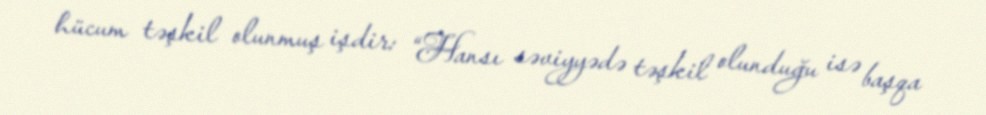
hücum təşkil olunmuş işdir: “Hansı səviyyədə təşkil olunduğu isə başqa